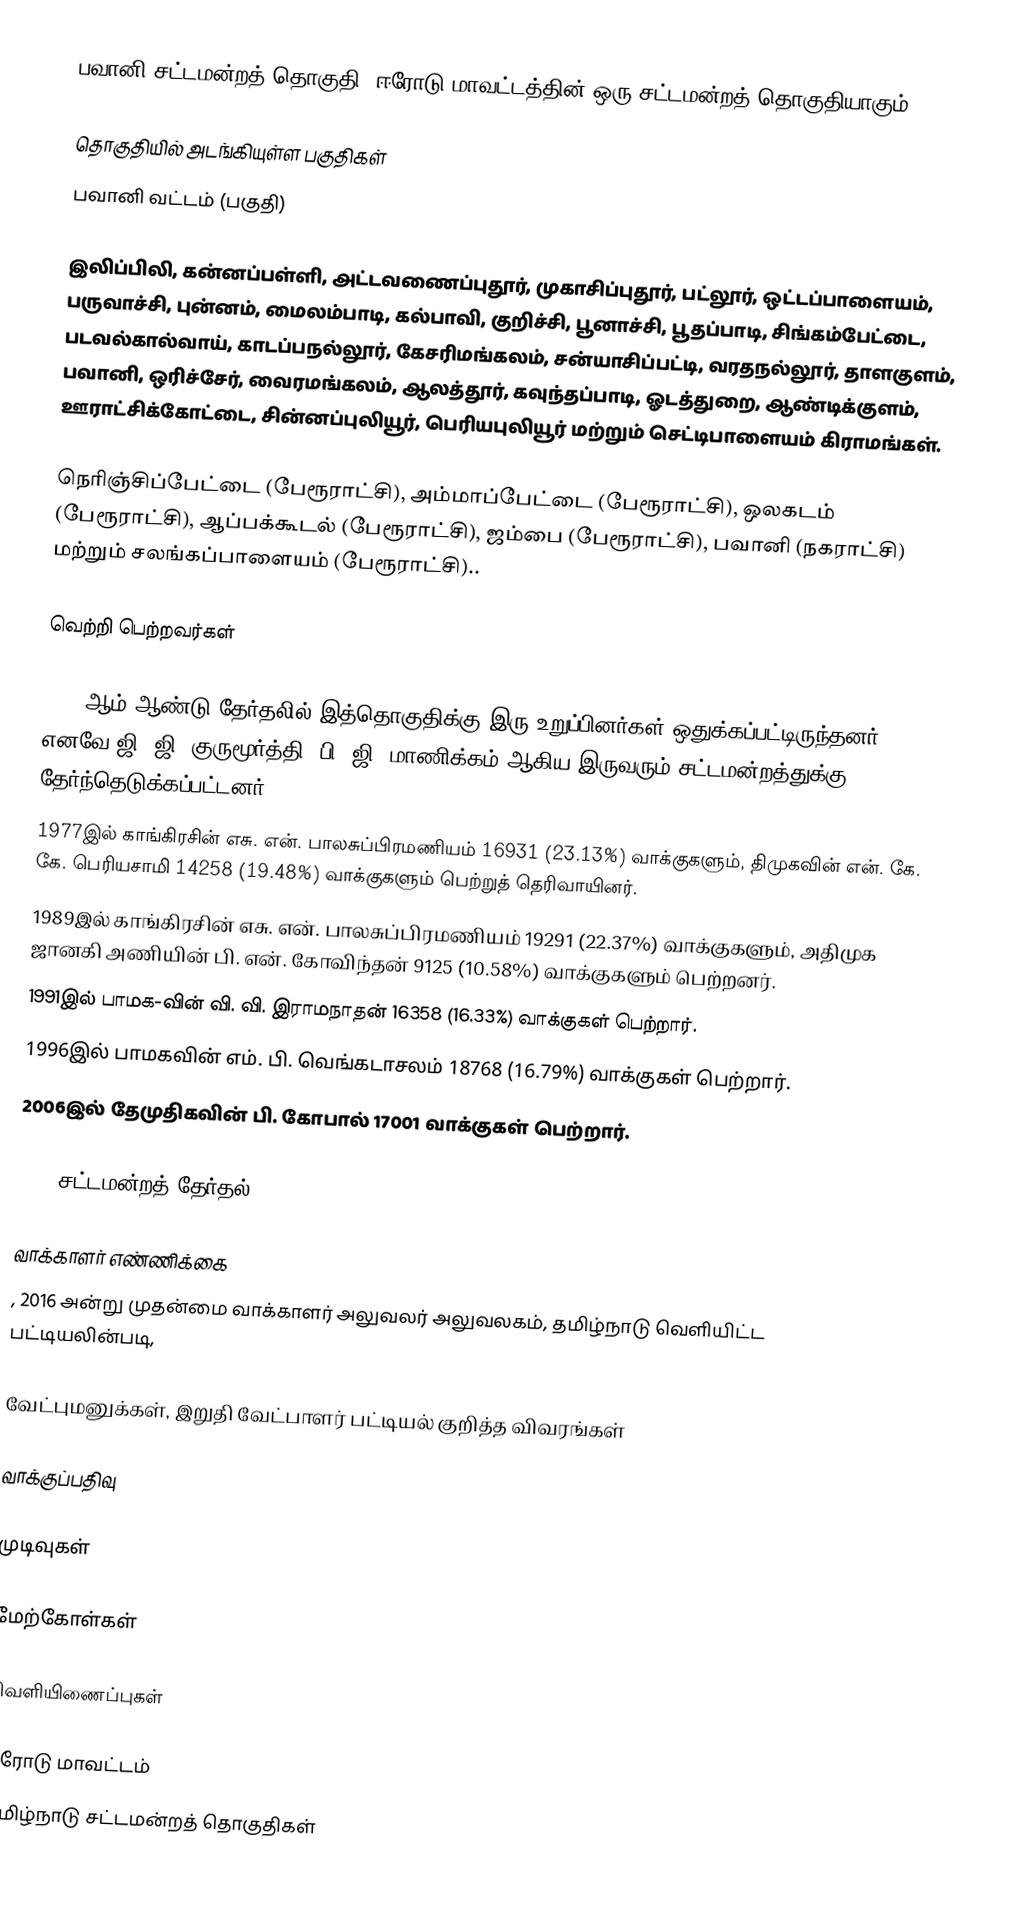
பவானி சட்டமன்றத் தொகுதி, ஈரோடு மாவட்டத்தின் ஒரு சட்டமன்றத் தொகுதியாகும்.

தொகுதியில் அடங்கியுள்ள பகுதிகள்
பவானி வட்டம் (பகுதி)

இலிப்பிலி, கன்னப்பள்ளி, அட்டவணைப்புதூர், முகாசிப்புதூர், பட்லூர், ஒட்டப்பாளையம், பருவாச்சி, புன்னம், மைலம்பாடி, கல்பாவி, குறிச்சி, பூனாச்சி, பூதப்பாடி, சிங்கம்பேட்டை, படவல்கால்வாய், காடப்பநல்லூர், கேசரிமங்கலம், சன்யாசிப்பட்டி, வரதநல்லூர், தாளகுளம், பவானி, ஒரிச்சேர், வைரமங்கலம், ஆலத்தூர், கவுந்தப்பாடி, ஓடத்துறை, ஆண்டிக்குளம், ஊராட்சிக்கோட்டை, சின்னப்புலியூர், பெரியபுலியூர் மற்றும் செட்டிபாளையம் கிராமங்கள்.

நெரிஞ்சிப்பேட்டை (பேரூராட்சி), அம்மாப்பேட்டை (பேரூராட்சி), ஒலகடம் (பேரூராட்சி), ஆப்பக்கூடல் (பேரூராட்சி), ஜம்பை (பேரூராட்சி), பவானி (நகராட்சி) மற்றும் சலங்கப்பாளையம் (பேரூராட்சி)..

வெற்றி பெற்றவர்கள்

1957 ஆம் ஆண்டு தேர்தலில் இத்தொகுதிக்கு இரு உறுப்பினர்கள் ஒதுக்கப்பட்டிருந்தனர். எனவே ஜி. ஜி. குருமூர்த்தி, பி. ஜி. மாணிக்கம் ஆகிய இருவரும் சட்டமன்றத்துக்கு தேர்ந்தெடுக்கப்பட்டனர்.
1977இல் காங்கிரசின்  எசு. என். பாலசுப்பிரமணியம் 16931 (23.13%) வாக்குகளும், திமுகவின் என். கே. கே. பெரியசாமி 14258 (19.48%) வாக்குகளும் பெற்றுத் தெரிவாயினர்.
1989இல் காங்கிரசின் எசு. என். பாலசுப்பிரமணியம் 19291 (22.37%) வாக்குகளும், அதிமுக ஜானகி அணியின் பி. என். கோவிந்தன் 9125 (10.58%) வாக்குகளும் பெற்றனர்.
1991இல் பாமக-வின் வி. வி. இராமநாதன் 16358 (16.33%) வாக்குகள் பெற்றார்.
1996இல் பாமகவின் எம். பி. வெங்கடாசலம் 18768 (16.79%) வாக்குகள் பெற்றார்.
2006இல் தேமுதிகவின் பி. கோபால் 17001 வாக்குகள் பெற்றார்.

2016 சட்டமன்றத் தேர்தல்

வாக்காளர் எண்ணிக்கை
, 2016 அன்று முதன்மை வாக்காளர் அலுவலர் அலுவலகம், தமிழ்நாடு வெளியிட்ட பட்டியலின்படி,

வேட்புமனுக்கள், இறுதி வேட்பாளர் பட்டியல் குறித்த விவரங்கள்

வாக்குப்பதிவு

முடிவுகள்

மேற்கோள்கள்

வெளியிணைப்புகள்

ஈரோடு மாவட்டம்
தமிழ்நாடு சட்டமன்றத் தொகுதிகள்